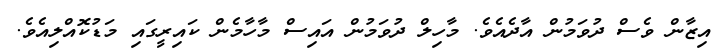
އިޒާން ވެސް ދުވަމުން އާދެއެވެ. މާހިލް ދުވަމުން އައިސް މާހާމެން ކައިރީގައި މަޑުކޮއްލިއެވެ.